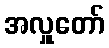
အလှူတော်